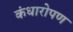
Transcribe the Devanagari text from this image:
कंधारोपण